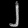
Digit: ၂